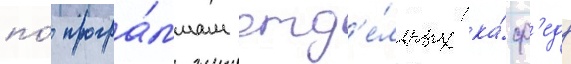
по́ програ́ммам отд'е́льных ка́ф'едр